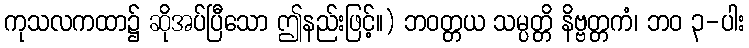
ကုသလကထာ၌ ဆိုအပ်ပြီသော ဤနည်းဖြင့်။) ဘဝတ္တယ သမ္ပတ္တိ နိဗ္ဗတ္တကံ၊ ဘဝ ၃-ပါး